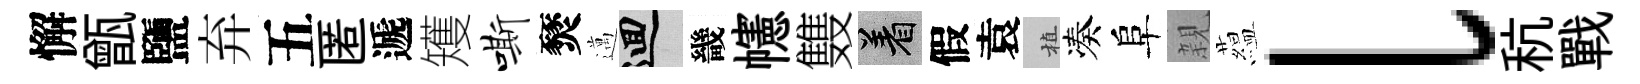
懈甑鹽弃五匿遞矱嘶燹邁回畿幰䨇著假袁植凑阜親藴l秔戰